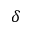
\delta